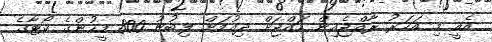
އެއީ މި އަހަރު ރާއްޖެއިން ހައްޖަށް ދިއުމަށް ލިބުނު 800 މީހުންގެ ކޯޓާގެ